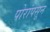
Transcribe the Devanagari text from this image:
पोरांपसून